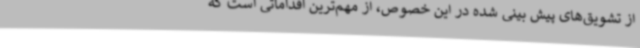
از تشویق‌های پیش بینی شده در این خصوص، از مهم‌ترین اقداماتی است که